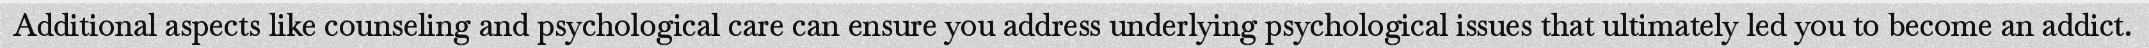
Additional aspects like counseling and psychological care can ensure you address underlying psychological issues that ultimately led you to become an addict.